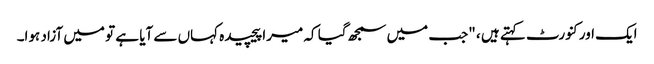
ایک اور کنورٹ کہتے ہیں ، "جب میں سمجھ گیا کہ میرا پیچیدہ کہاں سے آیا ہے تو میں آزاد ہوا۔